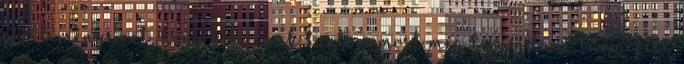
a véleményemet, hogy korainak tartom most még lemondani bármiféle